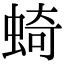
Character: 䗁